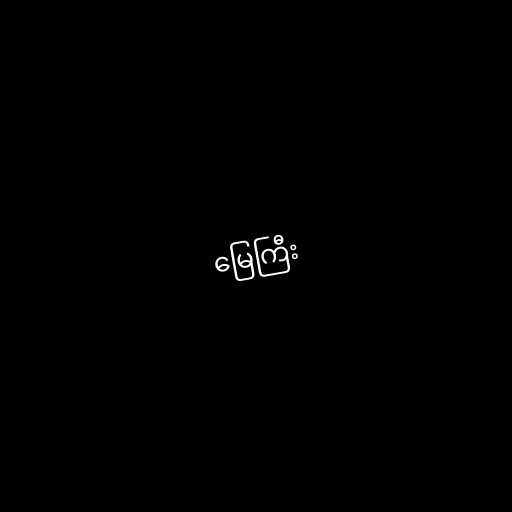
မြေကြီး